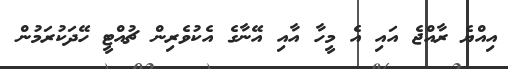
އިއްޔެ ރާއްޖެ އައި އެ މީހާ އާއި އޭނާގެ އެކުވެރިން ޗުއްޓީ ހޭދަކުރަމުން